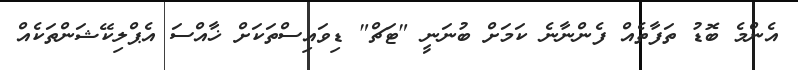
އެންމެ ބޮޑު ތަފާތެއް ފެންނާނެ ކަމަށް ބުނަނީ "ޓަޗް" ޑިވައިސްތަަކަށް ޚާއްސަ އެޕްލިކޭޝަންތަކެއް